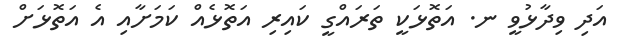
އަދި ވިދާޅުވީ ނ. އަތޮޅަކީ ތަރައްގީ ކައިރި އަތޮޅެއް ކަމަށާއި އެ އަތޮޅަށް